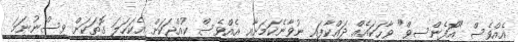
އެއްވެސް "އޮފެންސިވް" ވާހަކައެއް ދައްކާފައި ނުވާނެކަމަށާއި އެެއްވެސް ކުއްޖަކަށް އެކަހަލަ ގޮތަކަށް ވިސްނުނަމަ